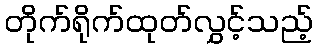
တိုက်ရိုက်ထုတ်လွှင့်သည့်